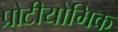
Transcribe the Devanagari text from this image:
प्रोटीयोमिक